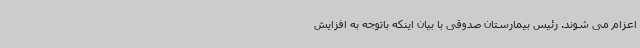
اعزام می شوند. رئیس بیمارستان صدوقی با بیان اینکه باتوجه به افزایش